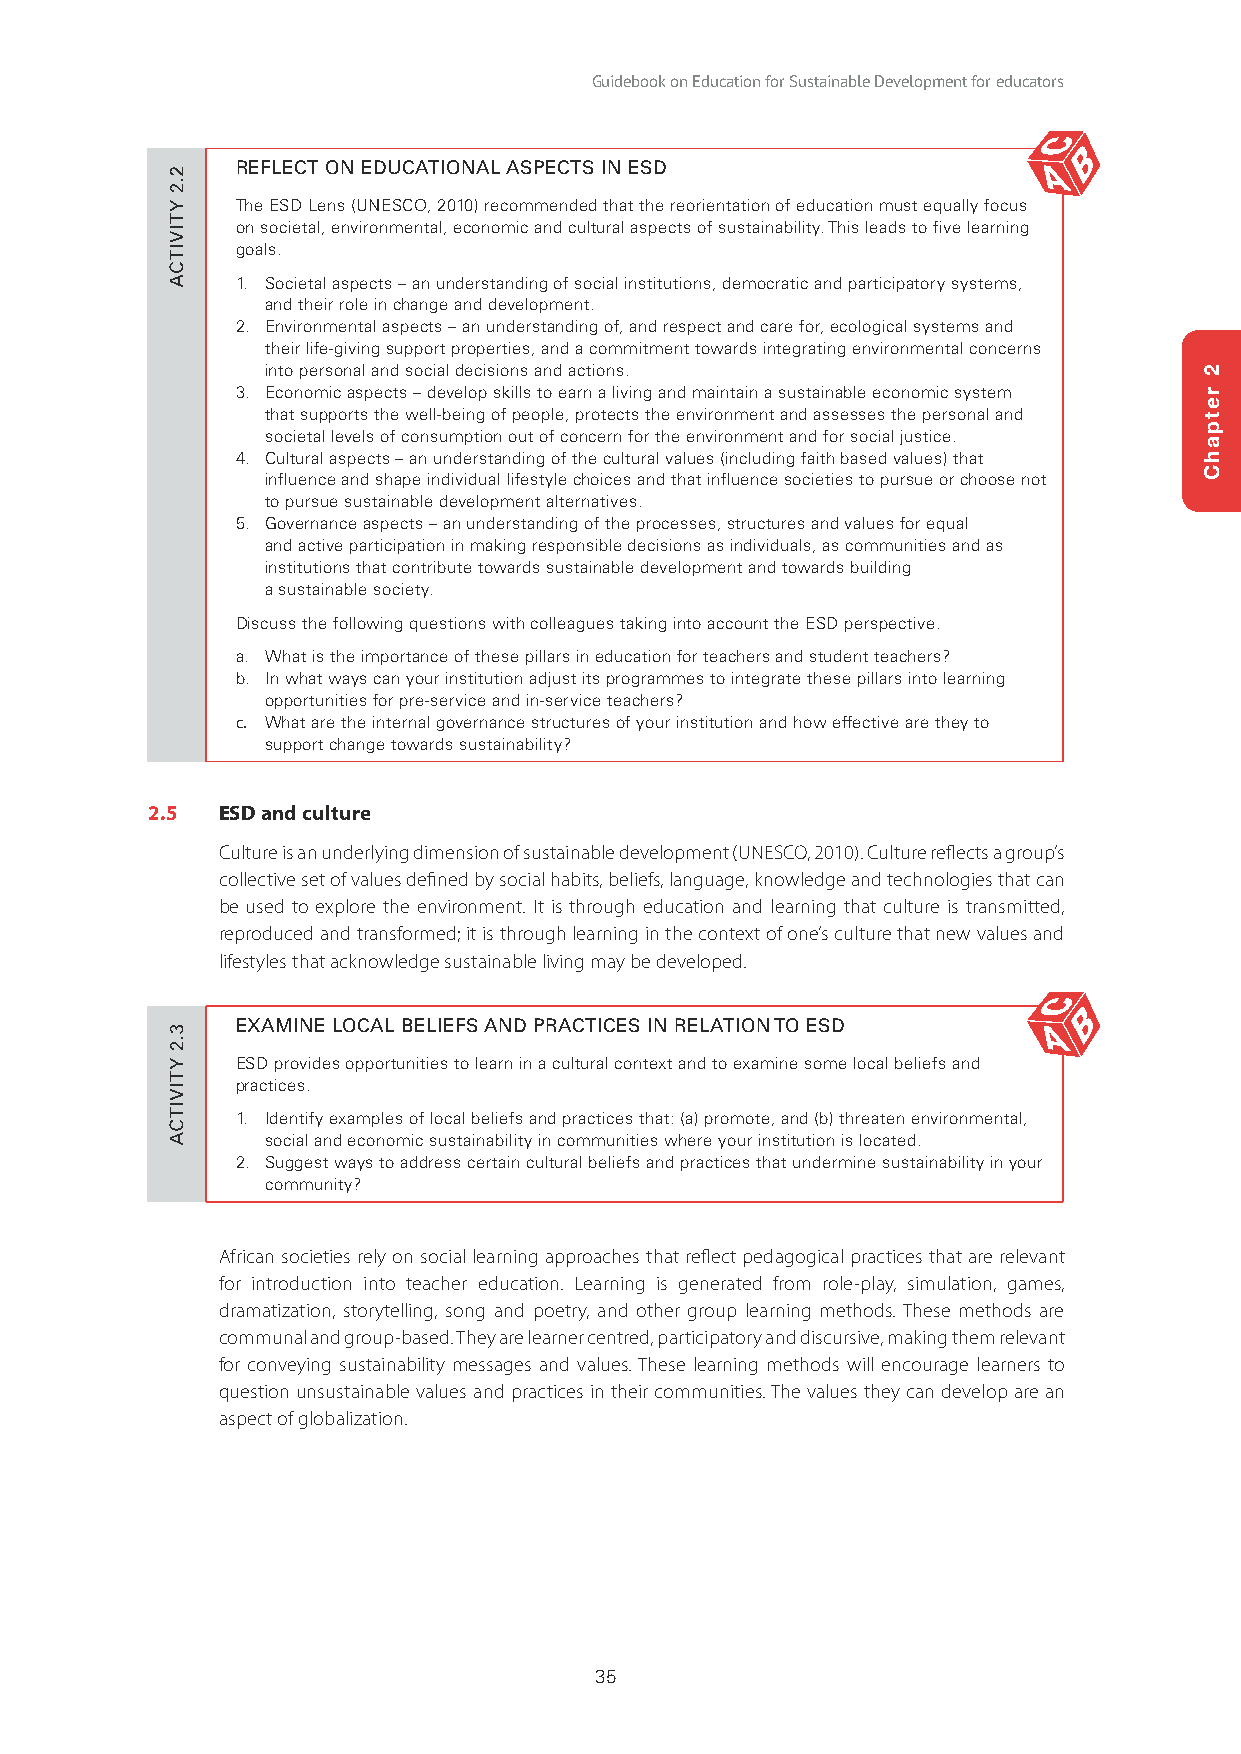
Guidebook on Education for Sustainable Development for educators
 REFLECT ON EDUCATIONAL ASPECTS IN ESD
 The ESD Lens (UNESCO, 2010) recommended that the reorientation of education must equally focus
 on societal, environmental, economic and cultural aspects of sustainability. This leads to five learning
 goals.
 1. Societal aspects – an understanding of social institutions, democratic and participatory systems,
 and their role in change and development.
 2. Environmental aspects – an understanding of, and respect and care for, ecological systems and
 their life-giving support properties, and a commitment towards integrating environmental concerns
 into personal and social decisions and actions.
 3. Economic aspects – develop skills to earn a living and maintain a sustainable economic system
 that supports the well-being of people, protects the environment and assesses the personal and
 societal levels of consumption out of concern for the environment and for social justice.
 4. Cultural aspects – an understanding of the cultural values (including faith based values) that
 influence and shape individual lifestyle choices and that influence societies to pursue or choose not
 to pursue sustainable development alternatives.
 5. Governance aspects – an understanding of the processes, structures and values for equal
 and active participation in making responsible decisions as individuals, as communities and as
 institutions that contribute towards sustainable development and towards building
 a sustainable society.
 Discuss the following questions with colleagues taking into account the ESD perspective.
 a. What is the importance of these pillars in education for teachers and student teachers?
 b. In what ways can your institution adjust its programmes to integrate these pillars into learning
 opportunities for pre-service and in-service teachers?
 c. What are the internal governance structures of your institution and how effective are they to
 support change towards sustainability?
 2.5 ESD and culture
 Culture is an underlying dimension of sustainable development (UNESCO, 2010). Culture reflects a group’s
 collective set of values defined by social habits, beliefs, language, knowledge and technologies that can
 be used to explore the environment. It is through education and learning that culture is transmitted,
 reproduced and transformed; it is through learning in the context of one’s culture that new values and
 lifestyles that acknowledge sustainable living may be developed.
 EXAMINE LOCAL BELIEFS AND PRACTICES IN RELATION TO ESD
 ESD provides opportunities to learn in a cultural context and to examine some local beliefs and
 practices.
 1. Identify examples of local beliefs and practices that: (a) promote, and (b) threaten environmental,
 social and economic sustainability in communities where your institution is located.
 2. Suggest ways to address certain cultural beliefs and practices that undermine sustainability in your
 community?
 African societies rely on social learning approaches that reflect pedagogical practices that are relevant
 for introduction into teacher education. Learning is generated from role-play, simulation, games,
 dramatization, storytelling, song and poetry, and other group learning methods. These methods are
 communal and group-based. They are learner centred, participatory and discursive, making them relevant
 for conveying sustainability messages and values. These learning methods will encourage learners to
 question unsustainable values and practices in their communities. The values they can develop are an
 aspect of globalization.
 35
 22..22
 YTIVITCA
 33..22
 YTIVITCA
 2
 retpahC